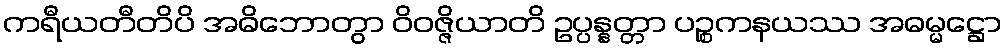
ကရီယတီတိပိ အဓိဘောတွာ ဝိဝဇ္ဇိယာတိ ဥပ္ပန္နတ္တာ ပဉ္စကနယဿ အဓမ္မဋ္ဌော